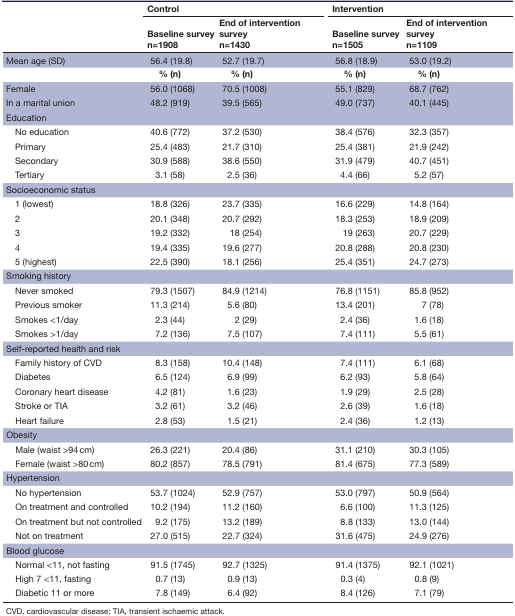
<table><thead><tr><td rowspan="2"></td><td colspan="2"><b>Control</b></td><td colspan="2"><b>Intervention</b></td></tr><tr><td><b>Baseline survey n=1908</b></td><td><b>End of intervention survey n=1430</b></td><td><b>Baseline survey n=1505</b></td><td><b>End of intervention survey n=1109</b></td></tr></thead><tbody><tr><td>Mean age (SD)</td><td>56.4 (19.8)</td><td>52.7 (19.7)</td><td>56.8 (18.9)</td><td>53.0 (19.2)</td></tr><tr><td></td><td><b>% (n)</b></td><td><b>% (n)</b></td><td><b>% (n)</b></td><td><b>% (n)</b></td></tr><tr><td>Female</td><td>56.0 (1068)</td><td>70.5 (1008)</td><td>55.1 (829)</td><td>68.7 (762)</td></tr><tr><td>In a marital union</td><td>48.2 (919)</td><td>39.5 (565)</td><td>49.0 (737)</td><td>40.1 (445)</td></tr><tr><td>Education</td><td></td><td></td><td></td><td></td></tr><tr><td> No education</td><td>40.6 (772)</td><td>37.2 (530)</td><td>38.4 (576)</td><td>32.3 (357)</td></tr><tr><td> Primary</td><td>25.4 (483)</td><td>21.7 (310)</td><td>25.4 (381)</td><td>21.9 (242)</td></tr><tr><td> Secondary</td><td>30.9 (588)</td><td>38.6 (550)</td><td>31.9 (479)</td><td>40.7 (451)</td></tr><tr><td> Tertiary</td><td>3.1 (58)</td><td>2.5 (36)</td><td>4.4 (66)</td><td>5.2 (57)</td></tr><tr><td>Socioeconomic status</td><td></td><td></td><td></td><td></td></tr><tr><td> 1 (lowest)</td><td>18.8 (326)</td><td>23.7 (335)</td><td>16.6 (229)</td><td>14.8 (164)</td></tr><tr><td> 2</td><td>20.1 (348)</td><td>20.7 (292)</td><td>18.3 (253)</td><td>18.9 (209)</td></tr><tr><td> 3</td><td>19.2 (332)</td><td>18 (254)</td><td>19 (263)</td><td>20.7 (229)</td></tr><tr><td> 4</td><td>19.4 (335)</td><td>19.6 (277)</td><td>20.8 (288)</td><td>20.8 (230)</td></tr><tr><td> 5 (highest)</td><td>22.5 (390)</td><td>18.1 (256)</td><td>25.4 (351)</td><td>24.7 (273)</td></tr><tr><td>Smoking history</td><td></td><td></td><td></td><td></td></tr><tr><td> Never smoked</td><td>79.3 (1507)</td><td>84.9 (1214)</td><td>76.8 (1151)</td><td>85.8 (952)</td></tr><tr><td> Previous smoker</td><td>11.3 (214)</td><td>5.6 (80)</td><td>13.4 (201)</td><td>7 (78)</td></tr><tr><td> Smokes &lt;1/day</td><td>2.3 (44)</td><td>2 (29)</td><td>2.4 (36)</td><td>1.6 (18)</td></tr><tr><td> Smokes &gt;1/day</td><td>7.2 (136)</td><td>7.5 (107)</td><td>7.4 (111)</td><td>5.5 (61)</td></tr><tr><td>Self-reported health and risk</td><td></td><td></td><td></td><td></td></tr><tr><td> Family history of CVD</td><td>8.3 (158)</td><td>10.4 (148)</td><td>7.4 (111)</td><td>6.1 (68)</td></tr><tr><td> Diabetes</td><td>6.5 (124)</td><td>6.9 (99)</td><td>6.2 (93)</td><td>5.8 (64)</td></tr><tr><td> Coronary heart disease</td><td>4.2 (81)</td><td>1.6 (23)</td><td>1.9 (29)</td><td>2.5 (28)</td></tr><tr><td> Stroke or TIA</td><td>3.2 (61)</td><td>3.2 (46)</td><td>2.6 (39)</td><td>1.6 (18)</td></tr><tr><td> Heart failure</td><td>2.8 (53)</td><td>1.5 (21)</td><td>2.4 (36)</td><td>1.2 (13)</td></tr><tr><td>Obesity</td><td></td><td></td><td></td><td></td></tr><tr><td> Male (waist &gt;94 cm)</td><td>26.3 (221)</td><td>20.4 (86)</td><td>31.1 (210)</td><td>30.3 (105)</td></tr><tr><td> Female (waist &gt;80 cm)</td><td>80.2 (857)</td><td>78.5 (791)</td><td>81.4 (675)</td><td>77.3 (589)</td></tr><tr><td>Hypertension</td><td></td><td></td><td></td><td></td></tr><tr><td> No hypertension</td><td>53.7 (1024)</td><td>52.9 (757)</td><td>53.0 (797)</td><td>50.9 (564)</td></tr><tr><td> On treatment and controlled</td><td>10.2 (194)</td><td>11.2 (160)</td><td>6.6 (100)</td><td>11.3 (125)</td></tr><tr><td> On treatment but not controlled</td><td>9.2 (175)</td><td>13.2 (189)</td><td>8.8 (133)</td><td>13.0 (144)</td></tr><tr><td> Not on treatment</td><td>27.0 (515)</td><td>22.7 (324)</td><td>31.6 (475)</td><td>24.9 (276)</td></tr><tr><td>Blood glucose</td><td></td><td></td><td></td><td></td></tr><tr><td> Normal &lt;11, not fasting</td><td>91.5 (1745)</td><td>92.7 (1325)</td><td>91.4 (1375)</td><td>92.1 (1021)</td></tr><tr><td> High 7 &lt;11, fasting</td><td>0.7 (13)</td><td>0.9 (13)</td><td>0.3 (4)</td><td>0.8 (9)</td></tr><tr><td> Diabetic 11 or more</td><td>7.8 (149)</td><td>6.4 (92)</td><td>8.4 (126)</td><td>7.1 (79)</td></tr></tbody></table>